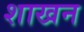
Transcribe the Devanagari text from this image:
शाखन